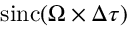
\mathrm { s i n c } ( \Omega \times \Delta \tau )